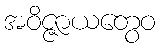
အဝိဇ္ဇာယတွေဝ